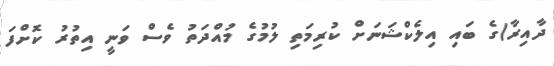
ދާއިރާ)ގެ ބައި އިލެކްޝަނަށް ކުރިމަތި ލުމުގެ މުއްދަތު ވެސް ވަނީ އިތުރު ކޮށްފަ